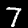
Label: 7